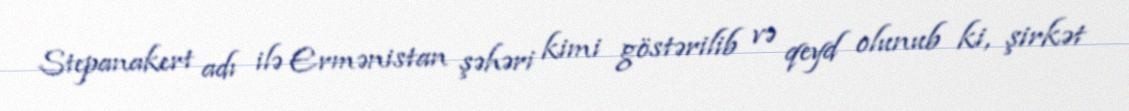
Stepanakert adı ilə Ermənistan şəhəri kimi göstərilib və qeyd olunub ki, şirkət